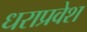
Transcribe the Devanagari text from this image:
धराप्रवेश